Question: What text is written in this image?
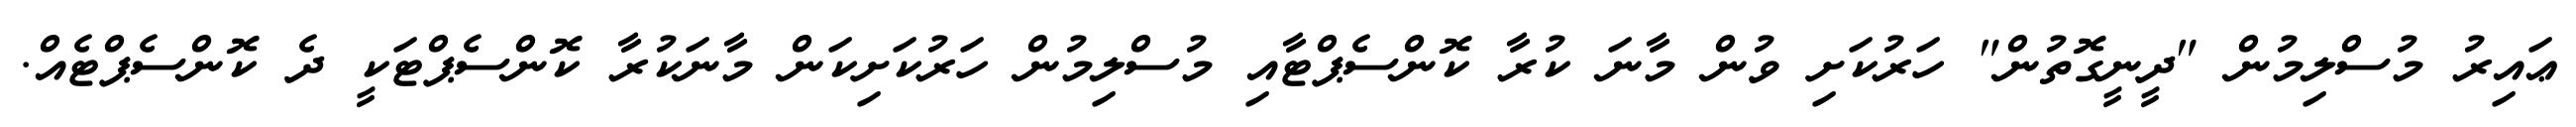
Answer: ޢައިރު މުސްލިމުން "ދީނީގޮތުން" ހަރުކަށި ވުން މާނަ ކުރާ ކޮންސެޕްޓާއި މުސްލިމުން ހަރުކަށިކަން މާނަކުރާ ކޮންސެޕްޓަކީ ދެ ކޮންސެޕްޓެއް.